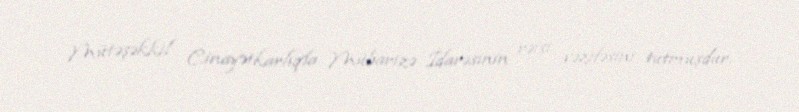
Mütəşəkkil Cinayətkarlıqla Mübarizə İdarəsinin rəisi vəzifəsini tutmuşdur.